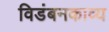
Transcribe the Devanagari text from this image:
विडंबनकाव्य